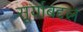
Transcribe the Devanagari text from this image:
सूर्याबद्दल